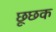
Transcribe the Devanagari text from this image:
छूछक